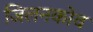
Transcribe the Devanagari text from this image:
जिलनकोव